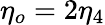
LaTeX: \eta_{o}=2\eta_{4}